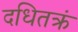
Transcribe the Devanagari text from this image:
दधितक्रं